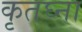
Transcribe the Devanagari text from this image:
कृतघ्ना